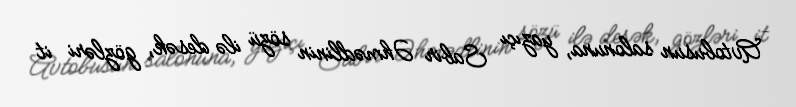
Avtobusun salonuna, yazıçı Sabir Əhmədlinin sözü ilə desək, gözləri it